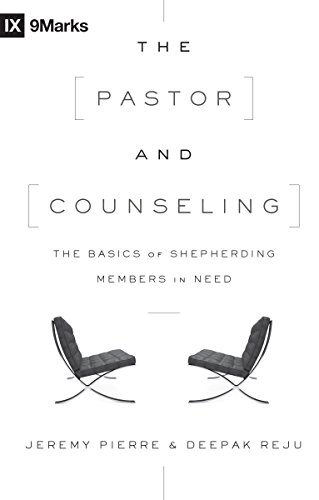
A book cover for The Pastor and Counseling: The Basics of Shepherding Members in Need (9Marks); Jeremy Pierre; Christian Books & Bibles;